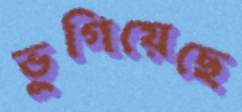
ভুগিয়েছে